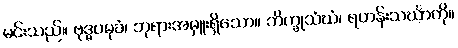
မင်းသည်။ ဗုဒ္ဓပမုခံ၊ ဘုရားအမှူးရှိသော။ ဘိက္ခုသံဃံ၊ ရဟန်းသင်္ဃာကို။